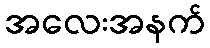
အလေးအနက်